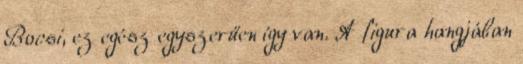
Bocsi, ez egész egyszerűen így van. A figura hangjában